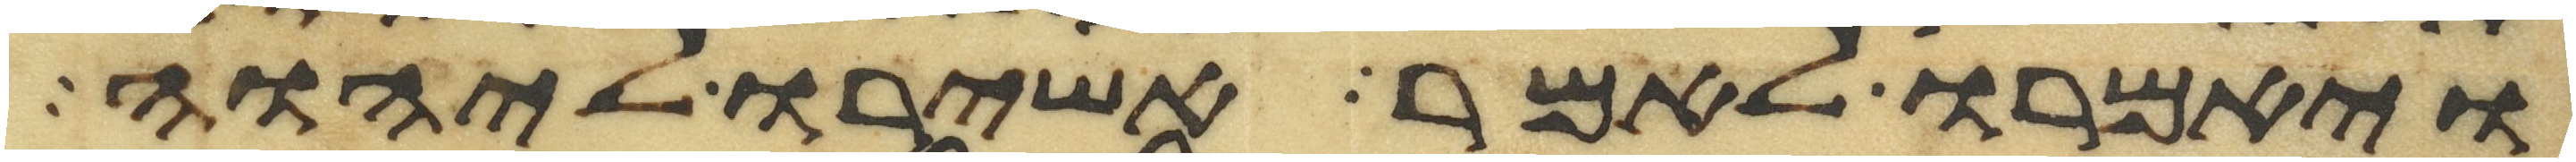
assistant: ויאמרו לאמר אשירו ליהוה